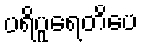
ပရိပူရေတိပေ